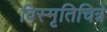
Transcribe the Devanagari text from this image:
विस्मृतिचित्रे